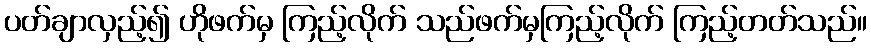
ပတ်ချာလှည့်၍ ဟိုဖက်မှ ကြည့်လိုက် သည်ဖက်မှကြည့်လိုက် ကြည့်တတ်သည်။